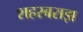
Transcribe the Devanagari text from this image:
शहरबराझ